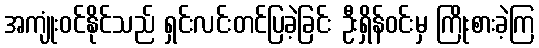
အကျုံးဝင်နိုင်သည် ရှင်းလင်းတင်ပြခဲ့ခြင်း ဦးရှိန်ဝင်းမှ ကြိုးစားခဲ့ကြ